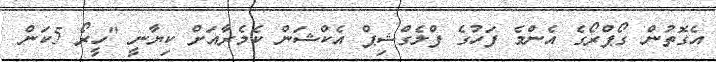
އެގޮތުން ގޯޕްރޯގެ އެންމެ ފަހުގެ ފްލެގްޝިޕް އެކްޝަން ކެމެރާއަށް ކިޔާނީ "ހީރޯ 5ކަން